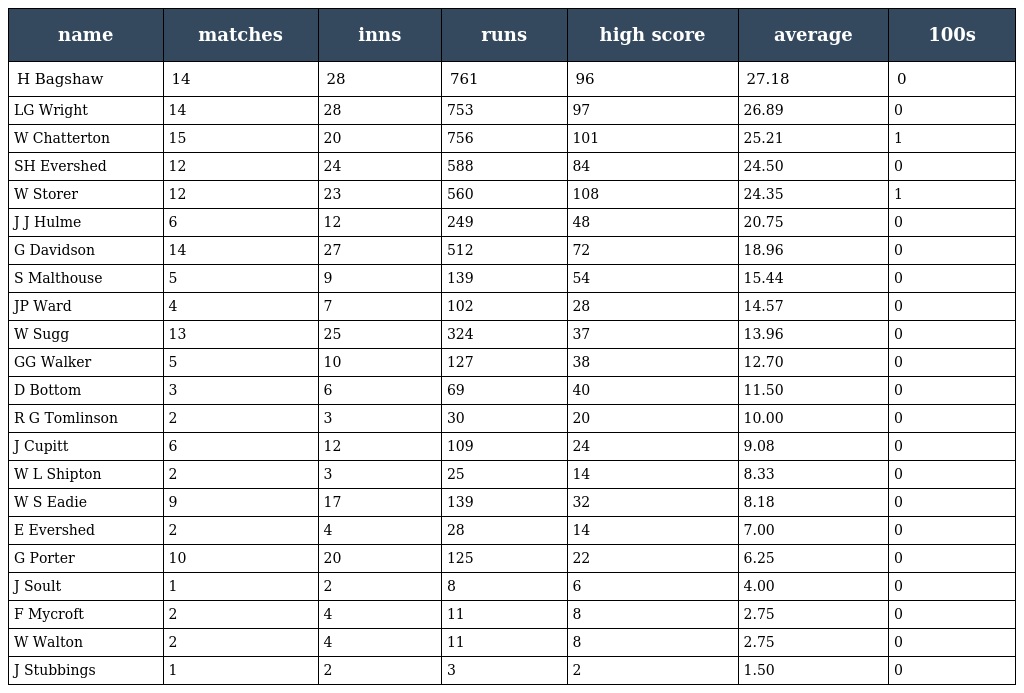
| name | matches | inns | runs | high score | average | 100s |
 | --- | --- | --- | --- | --- | --- | --- |
 | H Bagshaw | 14 | 28 | 761 | 96 | 27.18 | 0 |
 | LG Wright | 14 | 28 | 753 | 97 | 26.89 | 0 |
 | W Chatterton | 15 | 20 | 756 | 101 | 25.21 | 1 |
 | SH Evershed | 12 | 24 | 588 | 84 | 24.50 | 0 |
 | W Storer | 12 | 23 | 560 | 108 | 24.35 | 1 |
 | J J Hulme | 6 | 12 | 249 | 48 | 20.75 | 0 |
 | G Davidson | 14 | 27 | 512 | 72 | 18.96 | 0 |
 | S Malthouse | 5 | 9 | 139 | 54 | 15.44 | 0 |
 | JP Ward | 4 | 7 | 102 | 28 | 14.57 | 0 |
 | W Sugg | 13 | 25 | 324 | 37 | 13.96 | 0 |
 | GG Walker | 5 | 10 | 127 | 38 | 12.70 | 0 |
 | D Bottom | 3 | 6 | 69 | 40 | 11.50 | 0 |
 | R G Tomlinson | 2 | 3 | 30 | 20 | 10.00 | 0 |
 | J Cupitt | 6 | 12 | 109 | 24 | 9.08 | 0 |
 | W L Shipton | 2 | 3 | 25 | 14 | 8.33 | 0 |
 | W S Eadie | 9 | 17 | 139 | 32 | 8.18 | 0 |
 | E Evershed | 2 | 4 | 28 | 14 | 7.00 | 0 |
 | G Porter | 10 | 20 | 125 | 22 | 6.25 | 0 |
 | J Soult | 1 | 2 | 8 | 6 | 4.00 | 0 |
 | F Mycroft | 2 | 4 | 11 | 8 | 2.75 | 0 |
 | W Walton | 2 | 4 | 11 | 8 | 2.75 | 0 |
 | J Stubbings | 1 | 2 | 3 | 2 | 1.50 | 0 |